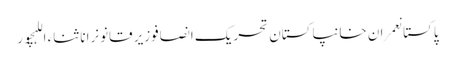
پاکستانعمران خانپاکستان تحریک انصافوزیر قانونرانا ثناء اللہچور